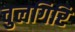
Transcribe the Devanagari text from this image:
चुलगिरि